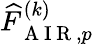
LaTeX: \widehat{F}_{\mathrm{~A~I~R~},p}^{(k)}